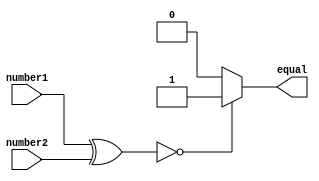
module arithmetic_blocks_equality_comparator(
    input [7:0] number1,
    input [7:0] number2,
    output reg equal
);

reg [7:0] temp_equal;

always @* begin
    temp_equal = number1 ^ number2;
end

assign equal = (temp_equal == 8'h00) ? 1'b1 : 1'b0;

endmodule